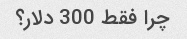
چرا فقط 300 دلار؟